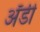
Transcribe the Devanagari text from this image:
अॅडी